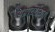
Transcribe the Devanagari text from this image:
सम्राटरचित